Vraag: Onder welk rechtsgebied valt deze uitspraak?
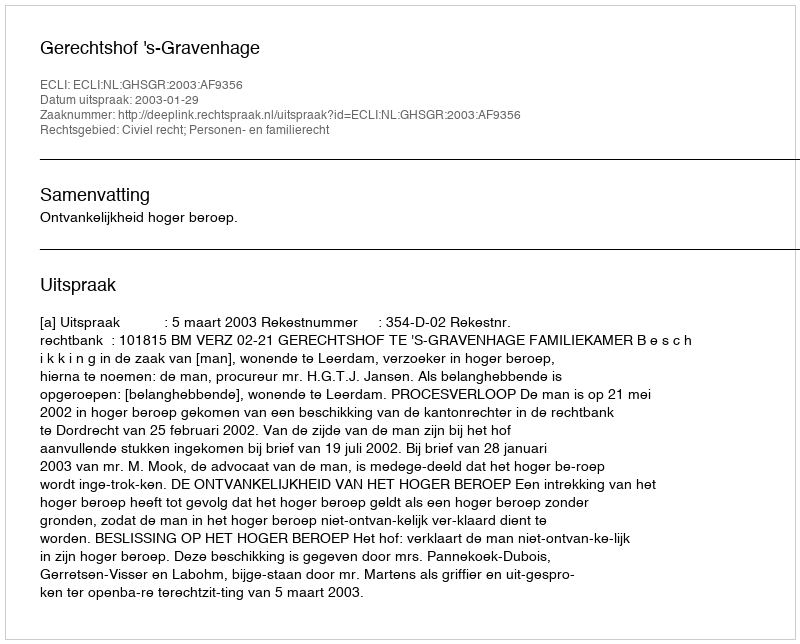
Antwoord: Civiel recht; Personen- en familierecht